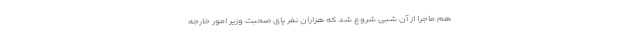
هم ماجرا از آن شبی شروع شد که هزاران نفر پای صحبت وزیر امور خارجه